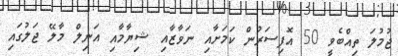
ޖުމުލަ ތިއްބެވީ 50 އޮފިސަރުން ކަމަށާއި ނަވާޒާއި ޝިޔާމާއި އަނިލް މާލޭ ޖަލުގައި